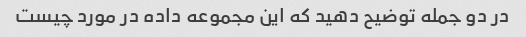
در دو جمله توضیح دهید که این مجموعه داده در مورد چیست